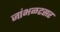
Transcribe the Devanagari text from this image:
जांभळटसर